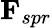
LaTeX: \mathbf{F}_{spr}